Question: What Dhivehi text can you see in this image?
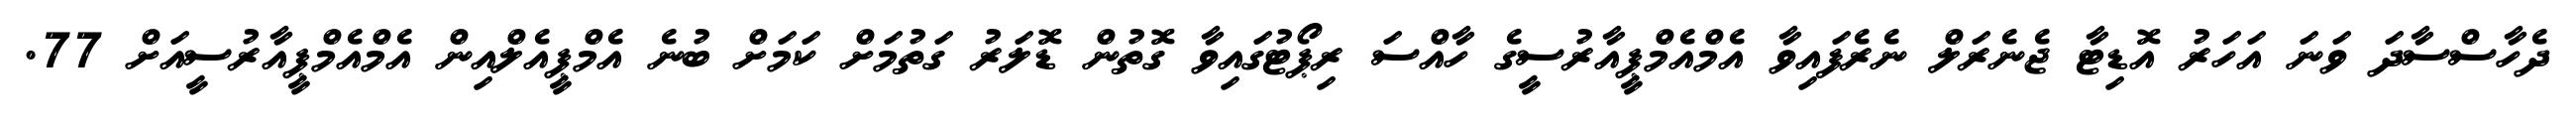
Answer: ދެހާސްސާދަ ވަނަ އަހަރު އޮޑިޓާ ޖެނެރަލް ނެރެފައިވާ އެމްއެމްޕީއާރުސީގެ ހާއްސަ ރިޕޯޓުގައިވާ ގޮތުން ޑޮލަރު ގަތުމަށް ކަމަށް ބުނެ އެމްޕީއެލްއިން އެމްއެމްޕީއާރުސީއަށް 77.